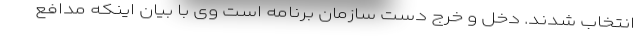
انتخاب شدند. دخل و خرج دست سازمان برنامه است وی با بیان اینکه مدافع